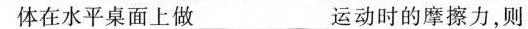
体在水平桌面上做___运动时的摩擦力，则